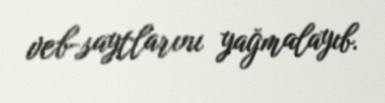
veb-saytlarını yağmalayıb.